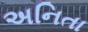
અનિતા